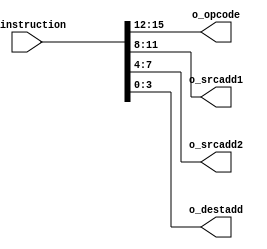
module decode(
    input [15:0] i_instruction,
    output [3:0] o_opcode,
    output [3:0] o_srcadd1,
    output [3:0] o_srcadd2,
    output [3:0] o_destadd
);

reg [3:0] opcode, src1, src2, dest;

always @(*) begin
    opcode = i_instruction[15:12];
    src1 = i_instruction[11:8];
    src2 = i_instruction[7:4];
    dest = i_instruction[3:0];
end

assign o_opcode = opcode;
assign o_srcadd1 = src1;
assign o_srcadd2 = src2;
assign o_destadd = dest;

endmodule